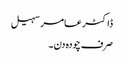
ڈاکٹر عامر سہیل
صرف چودہ دن۔